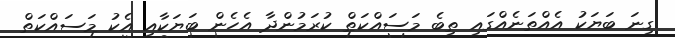
ގިނަ ބަޔަކު އެއްތަނެއްގައި ތިބެ މަސައްކަތް ކުރަމުންދާ އެހެން ބަޔަކާއި އެކު މަސައްކަތް